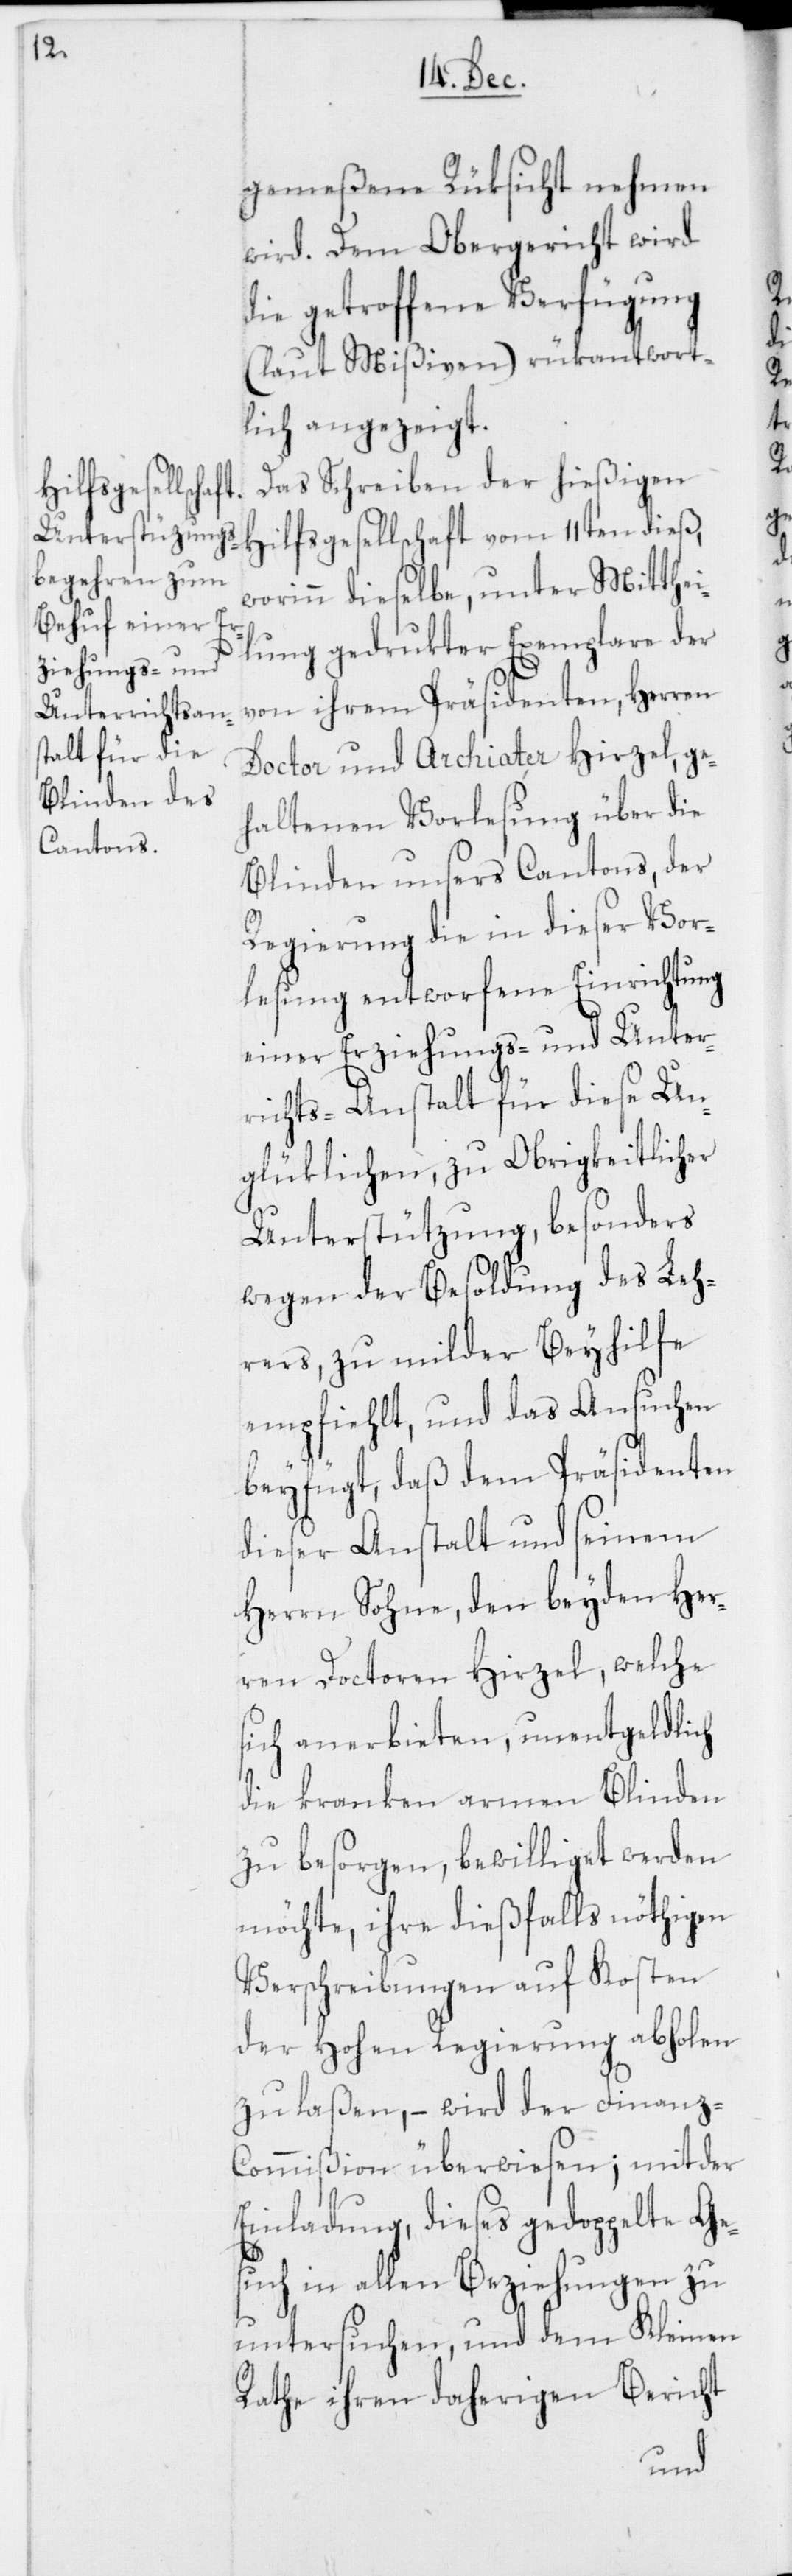
H¬

gemeßene Rüksicht nehmen
wird. Dem Obergericht wird
die getroffene Verfügung
(laut Mißiven) rükantwort¬
lich angezeigt.
Das Schreiben der hießigen
ilfsgesellschaft
worinn dieselbe, unter Mitthei¬
lung gedrukter Exemplare der
von ihrem Präsidenten, Herren
Doctor und Archiater Hirzel, ge¬
haltenen Vorlesung über die
Blinden unsers Cantons, der
Regierung die in dieser Vor¬
lesung entworfene Einrichtung
einer Erziehungs- und Unter¬
richts-Anstalt für diese Un¬
glüklichen, zu Obrigkeitlicher
Unterstützung, besonders
wegen der Besoldung des Leh¬
rers, zu milder Beyhilfe
empfiehlt, und das Ansuchen
beyfügt, daß dem Präsidenten
dieser Anstalt und seinem
Herren Sohne, den beyden Her¬
ren Doctoren Hirzel, welche
sich anerbieten, unentgeldlich
die kranken armen Blinden
zu besorgen, bewilliget werden
möchte, ihre dießfalls nöthigen
Verschreibungen auf Kosten
der Hohen Regierung abholen
zu laßen, – wird der Finanz-C¬
ommißion überwiesen; mit der
Einladung, dieses gedoppelte Ge¬
such in allen Beziehungen zu
untersuchen, und dem Kleinen
Rathe ihren daherigen Bericht